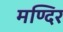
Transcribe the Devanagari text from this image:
मण्दिर